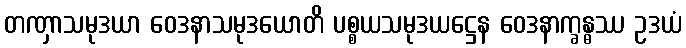
တဏှာသမုဒယာ ဝေဒနာသမုဒယောတိ ပစ္စယသမုဒယဋ္ဌေန ဝေဒနာက္ခန္ဓဿ ဥဒယံ